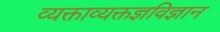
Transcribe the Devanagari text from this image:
व्यक्ताव्यक्तज्ञविज्ञान